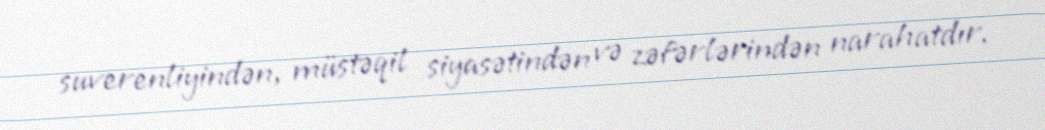
suverenliyindən, müstəqil siyasətindən və zəfərlərindən narahatdır.